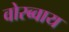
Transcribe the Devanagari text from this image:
वोरब्वाय